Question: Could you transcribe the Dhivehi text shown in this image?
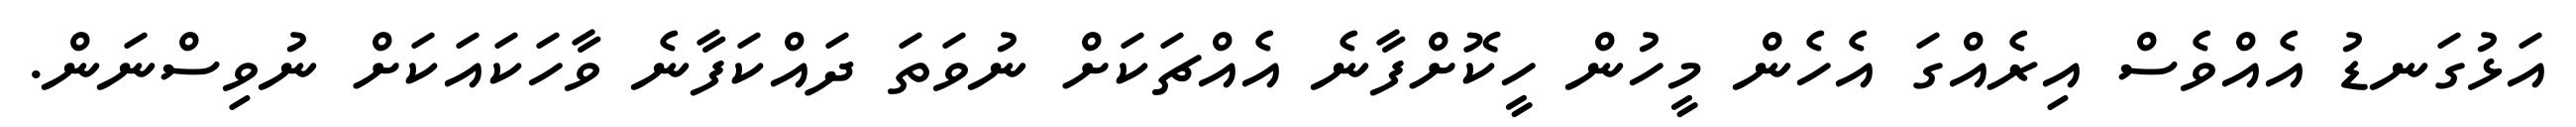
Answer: އަޅުގަނޑު އެއްވެސް އިރެއްގަ އެހެން މީހުން ހީކޮށްފާނެ އެއްޗަކަށް ނުވަތަ ދައްކަފާނެ ވާހަކައަކަށް ނުވިސްނަން.